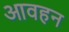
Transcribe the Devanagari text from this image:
आवहन